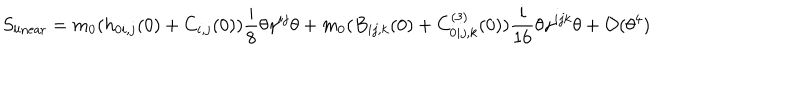
S _ { \mathrm { l i n e a r } } = m _ { 0 } ( h _ { 0 i , j } ( 0 ) + C _ { i , j } ( 0 ) ) { \frac { i } { 8 } } \theta \gamma ^ { i j } \theta + m _ { 0 } ( B _ { i j , k } ( 0 ) + C _ { 0 i j , k } ^ { ( 3 ) } ( 0 ) ) { \frac { i } { 1 6 } } \theta \gamma ^ { i j k } \theta + { \cal O } ( \theta ^ { 4 } )